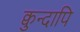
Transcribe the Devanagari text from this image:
क्वुन्दापि